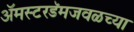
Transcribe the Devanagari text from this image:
ॲमस्टरडॅमजवळच्या